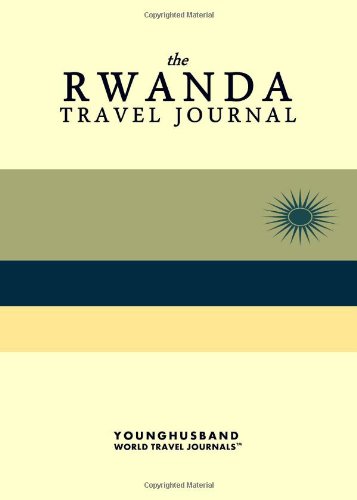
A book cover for The Rwanda Travel Journal; Younghusband World Travel Journals; Travel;